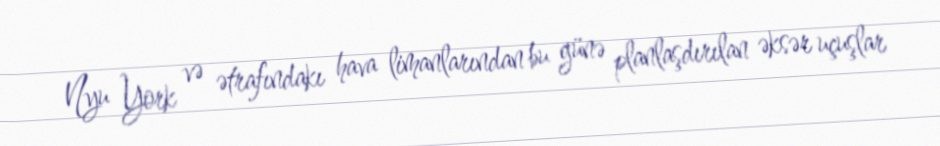
Nyu York və ətrafındakı hava limanlarından bu günə planlaşdırılan əksər uçuşlar